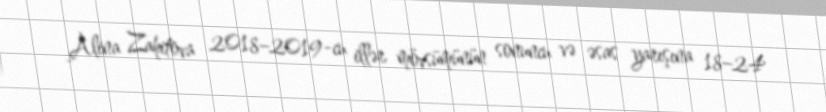
Alina Zahitova 2018–2019-cu illər mövsümünün sonuncu və əsas yarışına 18–24